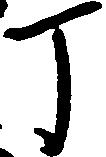
丁